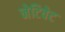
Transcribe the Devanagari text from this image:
नेटिवेट